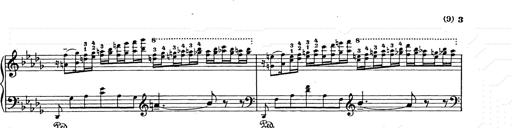
Title: Berceuse
Composer: Lucien Wurmser
Key: A major